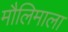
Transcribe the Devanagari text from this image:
मौलिमाला